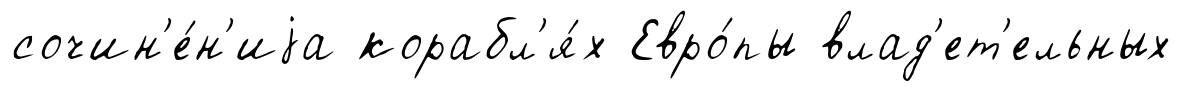
сочин'е́н'иjа корабл'я́х Евро́пы влад'ет'ельных